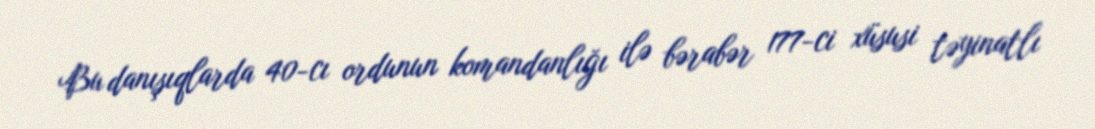
Bu danışıqlarda 40-cı ordunun komandanlığı ilə bərabər 177-ci xüsusi təyinatlı